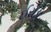
ઈરોડા